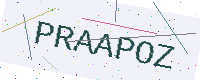
Text: PRAAPOZ